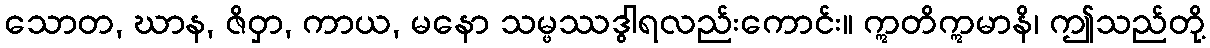
သောတ, ဃာန, ဇိဝှာ, ကာယ, မနော သမ္ဖဿဒွါရလည်းကောင်း။ ဣတိဣမာနိ၊ ဤသည်တို့